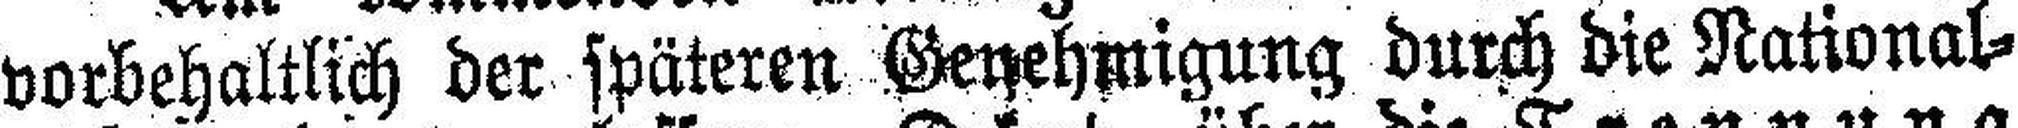
vorbehaltlich der späteren Genehmigung durch die National¬